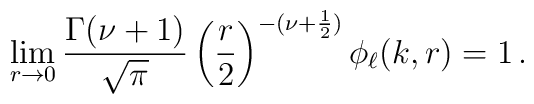
\lim_{r\to 0} \frac{\Gamma(\nu+1)}{\sqrt{\pi}}\left(\frac{r}{2}\right)^{-(\nu+\frac{1}{2})} \phi_\ell(k,r) = 1\,.